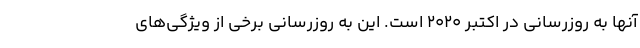
آنها به روزرسانی در اکتبر 2020 است. این به روزرسانی برخی از ویژگی‌های